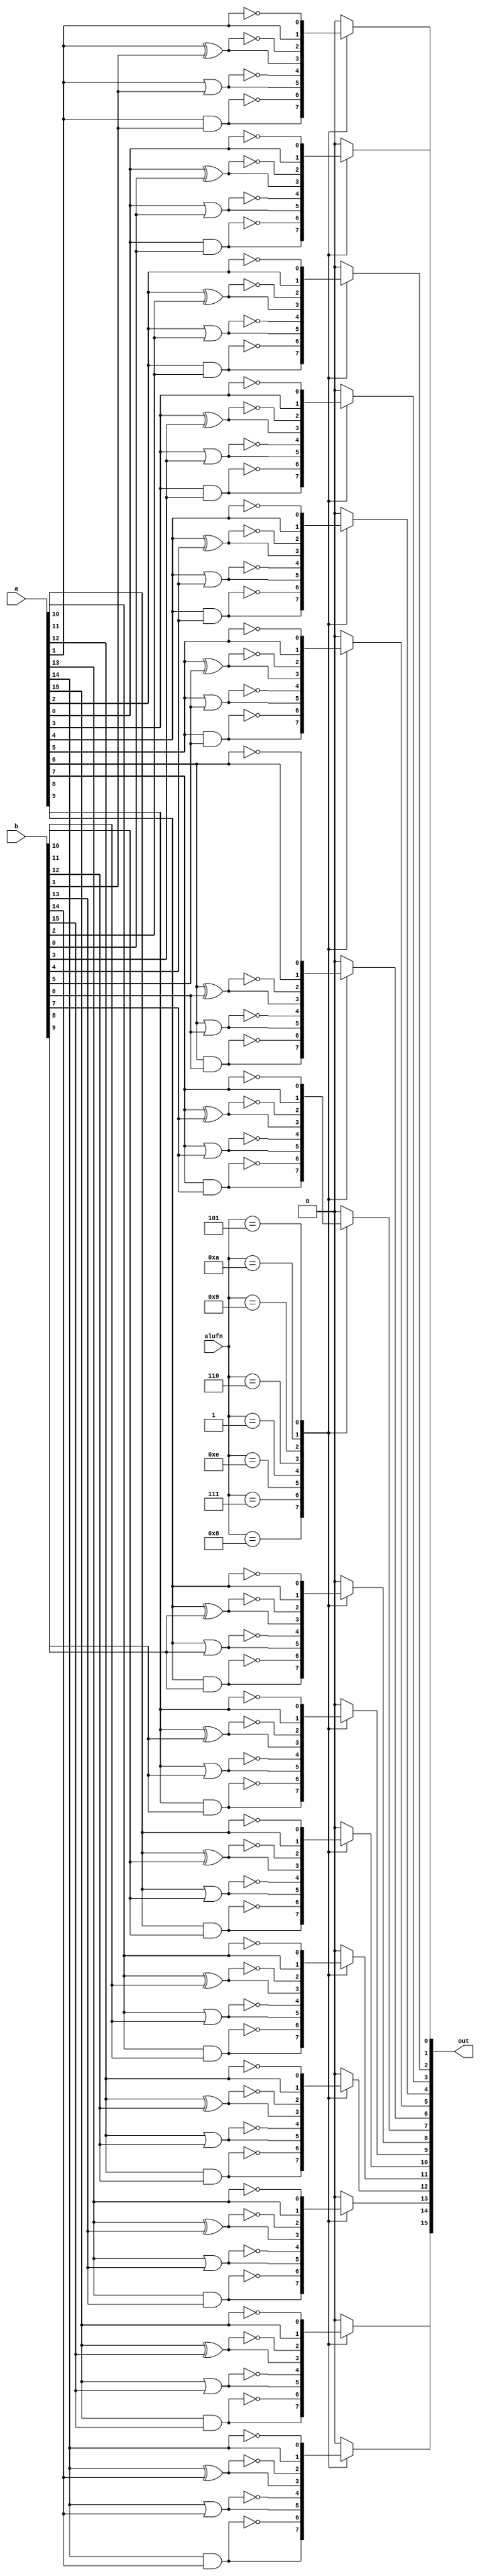
module boolean_5 (
    input [3:0] alufn,
    input [15:0] a,
    input [15:0] b,
    output reg [15:0] out
  );
  
  
  
  integer i;
  
  always @* begin
    out = 16'h0000;
    for (i = 1'h0; i < 5'h10; i = i + 1) begin
      
      case (alufn[0+3-:4])
        4'h8: begin
          out[(i)*1+0-:1] = a[(i)*1+0-:1] & b[(i)*1+0-:1];
        end
        4'h7: begin
          out[(i)*1+0-:1] = ~(a[(i)*1+0-:1] & b[(i)*1+0-:1]);
        end
        4'he: begin
          out[(i)*1+0-:1] = a[(i)*1+0-:1] | b[(i)*1+0-:1];
        end
        4'h1: begin
          out[(i)*1+0-:1] = ~(a[(i)*1+0-:1] | b[(i)*1+0-:1]);
        end
        4'h6: begin
          out[(i)*1+0-:1] = a[(i)*1+0-:1] ^ b[(i)*1+0-:1];
        end
        4'h9: begin
          out[(i)*1+0-:1] = ~(a[(i)*1+0-:1] ^ b[(i)*1+0-:1]);
        end
        4'ha: begin
          out[(i)*1+0-:1] = a[(i)*1+0-:1];
        end
        4'h5: begin
          out[(i)*1+0-:1] = ~a[(i)*1+0-:1];
        end
      endcase
    end
  end
endmodule